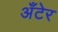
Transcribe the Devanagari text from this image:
अँटेर